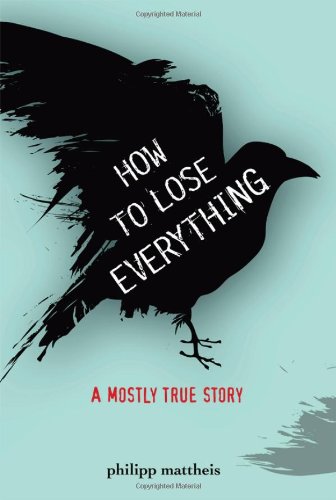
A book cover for How to Lose Everything: A Mostly True Story (True Stories); Philipp Mattheis; Teen & Young Adult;